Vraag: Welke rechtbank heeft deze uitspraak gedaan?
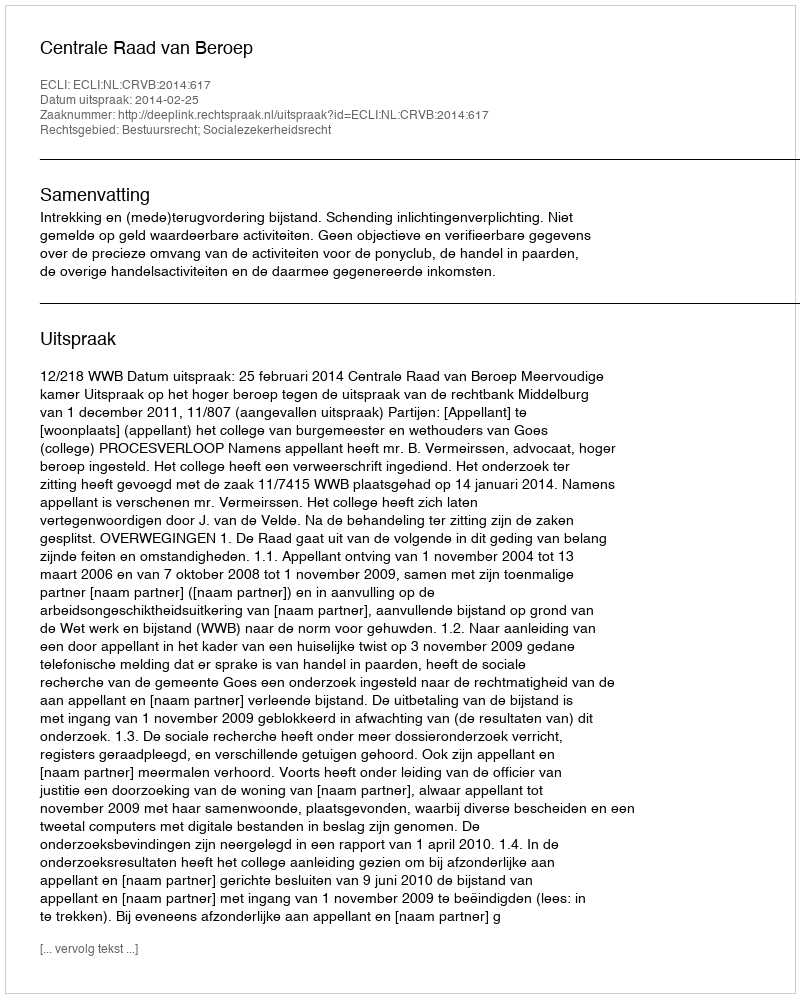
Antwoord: Centrale Raad van Beroep